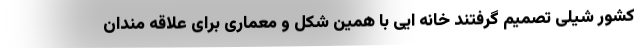
کشور شیلی تصمیم گرفتند خانه ایی با همین شکل و معماری برای علاقه مندان